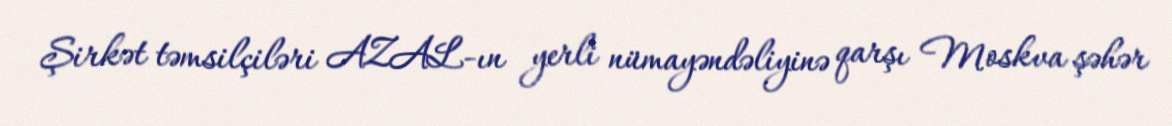
Şirkət təmsilçiləri AZAL-ın yerli nümayəndəliyinə qarşı Moskva şəhər